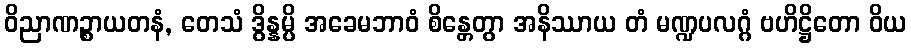
ဝိညာဏဉ္စာယတနံ, တေသံ ဒွိန္နမ္ပိ အခေမဘာဝံ စိန္တေတွာ အနိဿာယ တံ မဏ္ဍပလဂ္ဂံ ဗဟိဋ္ဌိတော ဝိယ